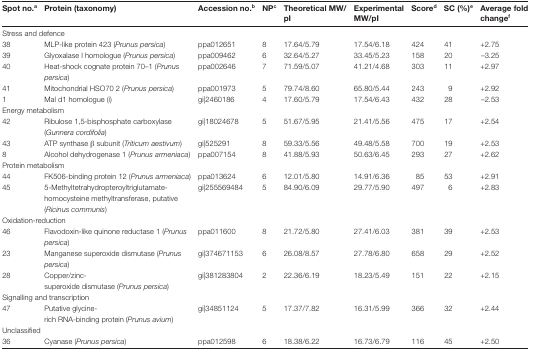
<table><thead><tr><td><b>Spot no.<sup>a</sup></b></td><td><b>Protein (taxonomy)</b></td><td><b>Accession no.<sup>b</sup></b></td><td><b>NP<sup>c</sup></b></td><td><b>Theoretical MW/ pI</b></td><td><b>Experimental MW/pI</b></td><td><b>Score<sup>d</sup></b></td><td><b>SC (%)<sup>e</sup></b></td><td><b>Average fold change<sup>f</sup></b></td></tr></thead><tbody><tr><td colspan="9">Stress and defence</td></tr><tr><td>38</td><td>MLP-like protein 423 (<i>Prunus persica</i>)</td><td>ppa012651</td><td>8</td><td>17.64/5.79</td><td>17.54/6.18</td><td>424</td><td>41</td><td>+2.75</td></tr><tr><td>39</td><td>Glyoxalase I homologue (<i>Prunus persica</i>)</td><td>ppa009462</td><td>6</td><td>32.64/5.27</td><td>33.45/5.23</td><td>158</td><td>20</td><td>–3.25</td></tr><tr><td>40</td><td>Heat-shock cognate protein 70–1 (<i>Prunus persica</i>)</td><td>ppa002646</td><td>7</td><td>71.59/5.07</td><td>41.21/4.68</td><td>303</td><td>11</td><td>+2.97</td></tr><tr><td>41</td><td>Mitochondrial HSO70 2 (<i>Prunus persica</i>)</td><td>ppa001973</td><td>5</td><td>79.74/8.60</td><td>65.80/5.44</td><td>243</td><td>9</td><td>+2.92</td></tr><tr><td>1</td><td>Mal d1 homologue (i)</td><td>gi|2460186</td><td>4</td><td>17.60/5.79</td><td>17.54/6.43</td><td>432</td><td>28</td><td>–2.53</td></tr><tr><td colspan="9">Energy metabolism</td></tr><tr><td>42</td><td>Ribulose 1,5-bisphosphate carboxylase (<i>Gunnera cordifolia</i>)</td><td>gi|18024678</td><td>5</td><td>51.67/5.95</td><td>21.41/5.56</td><td>475</td><td>17</td><td>+2.54</td></tr><tr><td>43</td><td>ATP synthase β subunit (<i>Triticum aestivum</i>)</td><td>gi|525291</td><td>8</td><td>59.33/5.56</td><td>49.48/5.58</td><td>700</td><td>19</td><td>+2.53</td></tr><tr><td>8</td><td>Alcohol dehydrogenase 1 (<i>Prunus armeniaca</i>)</td><td>ppa007154</td><td>8</td><td>41.88/5.93</td><td>50.63/6.45</td><td>293</td><td>27</td><td>+2.62</td></tr><tr><td colspan="9">Protein metabolism</td></tr><tr><td>44</td><td>FK506-binding protein 12 (<i>Prunus armeniaca</i>)</td><td>ppa013624</td><td>6</td><td>12.01/5.80</td><td>14.91/6.36</td><td>85</td><td>53</td><td>+2.91</td></tr><tr><td>45</td><td>5-Methyltetrahydropteroyltriglutamate- homocysteine methyltransferase, putative (<i>Ricinus communis</i>)</td><td>gi|255569484</td><td>5</td><td>84.90/6.09</td><td>29.77/5.90</td><td>497</td><td>6</td><td>+2.83</td></tr><tr><td colspan="9">Oxidation-reduction</td></tr><tr><td>46</td><td>Flavodoxin-like quinone reductase 1 (<i>Prunus persica</i>)</td><td>ppa011600</td><td>8</td><td>21.72/5.80</td><td>27.41/6.03</td><td>381</td><td>39</td><td>+2.53</td></tr><tr><td>23</td><td>Manganese superoxide dismutase (<i>Prunus persica</i>)</td><td>gi|374671153</td><td>6</td><td>26.08/8.57</td><td>27.78/6.80</td><td>658</td><td>29</td><td>+2.52</td></tr><tr><td>28</td><td>Copper/zinc- superoxide dismutase (<i>Prunus persica</i>)</td><td>gi|381283804</td><td>2</td><td>22.36/6.19</td><td>18.23/5.49</td><td>151</td><td>22</td><td>+2.15</td></tr><tr><td colspan="9">Signalling and transcription</td></tr><tr><td>47</td><td>Putative glycine- rich RNA-binding protein (<i>Prunus avium</i>)</td><td>gi|34851124</td><td>5</td><td>17.37/7.82</td><td>16.31/5.99</td><td>366</td><td>32</td><td>+2.44</td></tr><tr><td colspan="9">Unclassified</td></tr><tr><td>36</td><td>Cyanase (<i>Prunus persica</i>)</td><td>ppa012598</td><td>6</td><td>18.38/6.22</td><td>16.73/6.79</td><td>116</td><td>45</td><td>+2.50</td></tr></tbody></table>